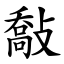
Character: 敽